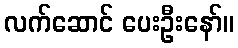
လက်ဆောင် ပေးဦးနော်။